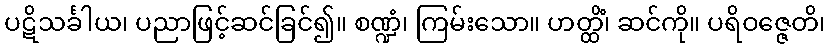
ပဋိသင်္ခါယ၊ ပညာဖြင့်ဆင်ခြင်၍။ စဏ္ဍံ၊ ကြမ်းသော။ ဟတ္ထိံ၊ ဆင်ကို။ ပရိဝဇ္ဇေတိ၊